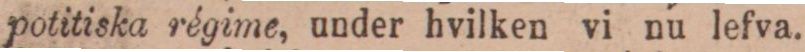
potitiska régime, under hvilken vi nu lefva.